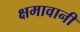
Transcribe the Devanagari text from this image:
क्षमावानी